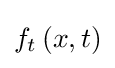
f_{t}\left(x,t\right)